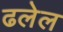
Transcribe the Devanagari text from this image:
ढलेल